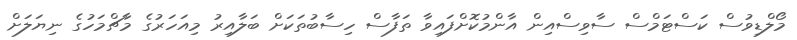
މޯލްޑިވުސް ކަސްޓަމްސް ސާވިސްއިން އާންމުކޮށްފައިވާ ތަފާސް ހިސާބުތަކަށް ބަލާއިރު މިއަހަރުގެ މާޗްމަހުގެ ނިޔަލަށް